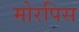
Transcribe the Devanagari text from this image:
मोरपिस